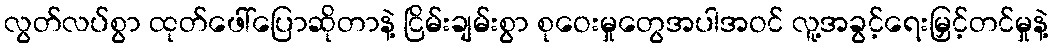
လွတ်လပ်စွာ ထုတ်ဖေါ်ပြောဆိုတာနဲ့ ငြိမ်းချမ်းစွာ စုဝေးမှုတွေအပါအဝင် လူ့အခွင့်ရေးမြှင့်တင်မှုနဲ့